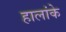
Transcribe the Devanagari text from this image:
हालांके